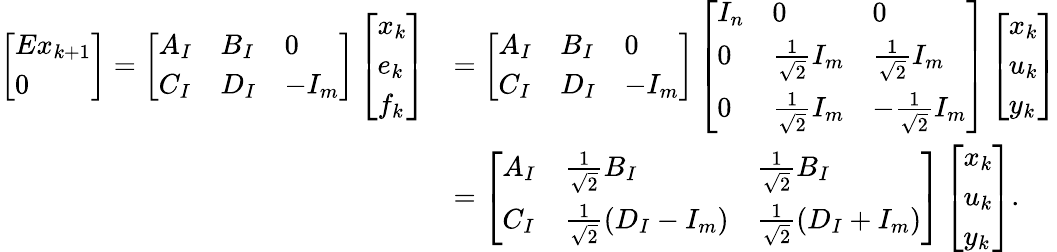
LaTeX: \begin{array}{rl}{\left[\begin{array}{l}{Ex_{k+1}}\\ {0}\end{array}\right]=\left[\begin{array}{lll}{A_{I}}&{B_{I}}&{0}\\ {C_{I}}&{D_{I}}&{-I_{m}}\end{array}\right]\left[\begin{array}{l}{x_{k}}\\ {e_{k}}\\ {f_{k}}\end{array}\right]}&{=\left[\begin{array}{lll}{A_{I}}&{B_{I}}&{0}\\ {C_{I}}&{D_{I}}&{-I_{m}}\end{array}\right]\left[\begin{array}{lll}{I_{n}}&{0}&{0}\\ {0}&{\frac{1}{\sqrt{2}}I_{m}}&{\frac{1}{\sqrt{2}}I_{m}}\\ {0}&{\frac{1}{\sqrt{2}}I_{m}}&{-\frac{1}{\sqrt{2}}I_{m}}\end{array}\right]\left[\begin{array}{l}{x_{k}}\\ {u_{k}}\\ {y_{k}}\end{array}\right]}\\ &{=\left[\begin{array}{lll}{A_{I}}&{\frac{1}{\sqrt{2}}B_{I}}&{\frac{1}{\sqrt{2}}B_{I}}\\ {C_{I}}&{\frac{1}{\sqrt{2}}(D_{I}-I_{m})}&{\frac{1}{\sqrt{2}}(D_{I}+I_{m})}\end{array}\right]\left[\begin{array}{l}{x_{k}}\\ {u_{k}}\\ {y_{k}}\end{array}\right].}\end{array}